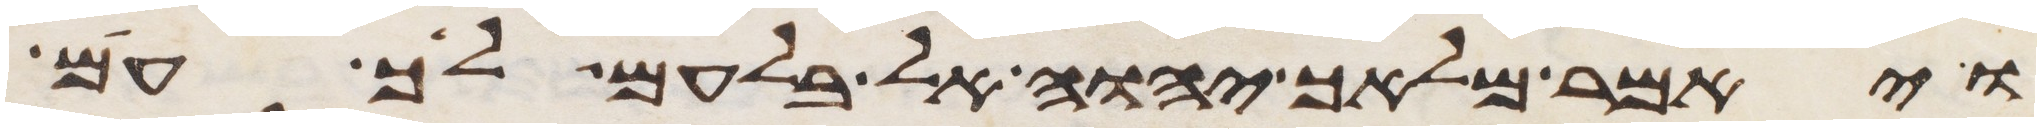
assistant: ויאמר מלאך יהוה אל בלעם לך עם